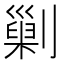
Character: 𠟾